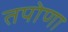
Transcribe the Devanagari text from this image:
तपोणा